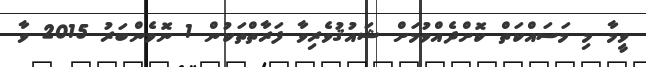
ވީމާ މި މަސައްކަތް ކޮށްދެއްވުމަށް ޝައުޤުވެރިވާ ފަރާތްތަކުން 1 ނޮވެންބަރު 2015 ވާ